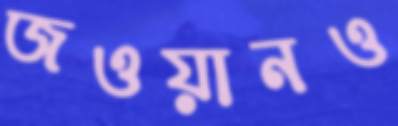
জওয়ানও